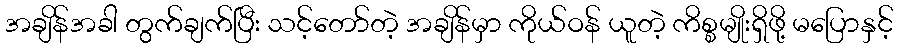
အချိန်အခါ တွက်ချက်ပြီး သင့်တော်တဲ့ အချိန်မှာ ကိုယ်ဝန် ယူတဲ့ ကိစ္စမျိုးရှိဖို့ မပြောနှင့်